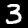
Label: 3